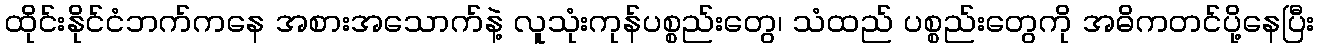
ထိုင်းနိုင်ငံဘက်ကနေ အစားအသောက်နဲ့ လူသုံးကုန်ပစ္စည်းတွေ၊ သံထည် ပစ္စည်းတွေကို အဓိကတင်ပို့နေပြီး